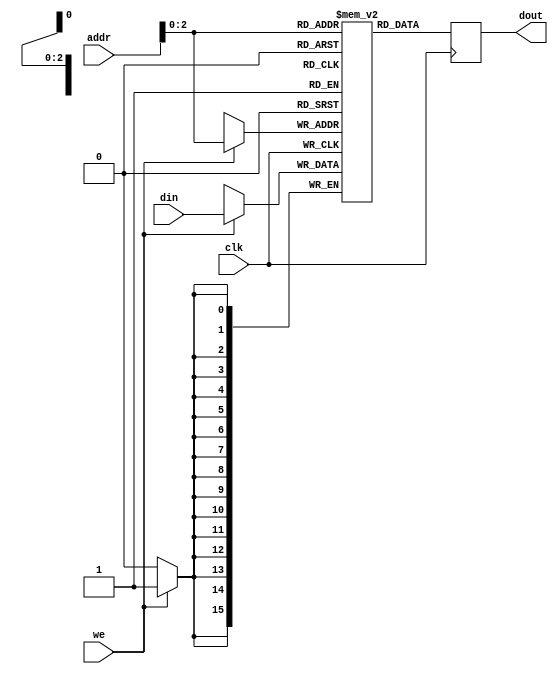
module mybram #(parameter LOGSIZE=5, WIDTH=16)
    (input wire clk,
    input wire [LOGSIZE-1:0] addr,
    input wire [WIDTH-1:0] din,
    output reg [WIDTH-1:0] dout,
    input wire we);
  reg [WIDTH-1:0] mem[LOGSIZE-1:0];
  always @(posedge clk) begin
    if (we) mem[addr] <= din;
    dout <= mem[addr];
  end
endmodule

module SPI #(parameter OP_MODE=1)
    (input clk,
    input wire din,
    output reg dout);
  reg [4:0]addr;
  reg [4:0]counter = 0;
  reg we = 0;
  reg write;
  reg [15:0]data;
  reg [15:0]memin;
  wire [15:0]memout;
  mybram #(.LOGSIZE(5),.WIDTH(16))
		mybram1(.clk(clk),.addr(addr),.din(memin),.dout(memout),.we(we));
		
  always @(posedge clk) begin
    if (OP_MODE == 0) begin
      if (counter < 5) begin
        we <= 0;
        addr[0] <= din;
        addr[4:1] <= addr[3:0];
        counter <= counter + 1;
      end
      
      else if (counter == 5) begin
        write <= din;
        counter <= counter + 1;
      end
		
      else if (counter < 8) begin
	counter <= counter + 1;
      end
      
      else begin
        if (write) begin
          if (counter < 24) begin
            data[0] <= din;
            data[15:1] <= data[14:0];
            counter <= counter + 1;
          end
          else if (counter == 24) begin
            memin <= data;
            we <= 1;
            counter <= 0;
          end
        end
      
        else begin
          if (counter < 24) begin
            dout <= memout[23-counter];
          end
          else if (counter == 24) begin
            counter <= 0;
          end
        end
		  
      end
		
    end
  end
endmodule